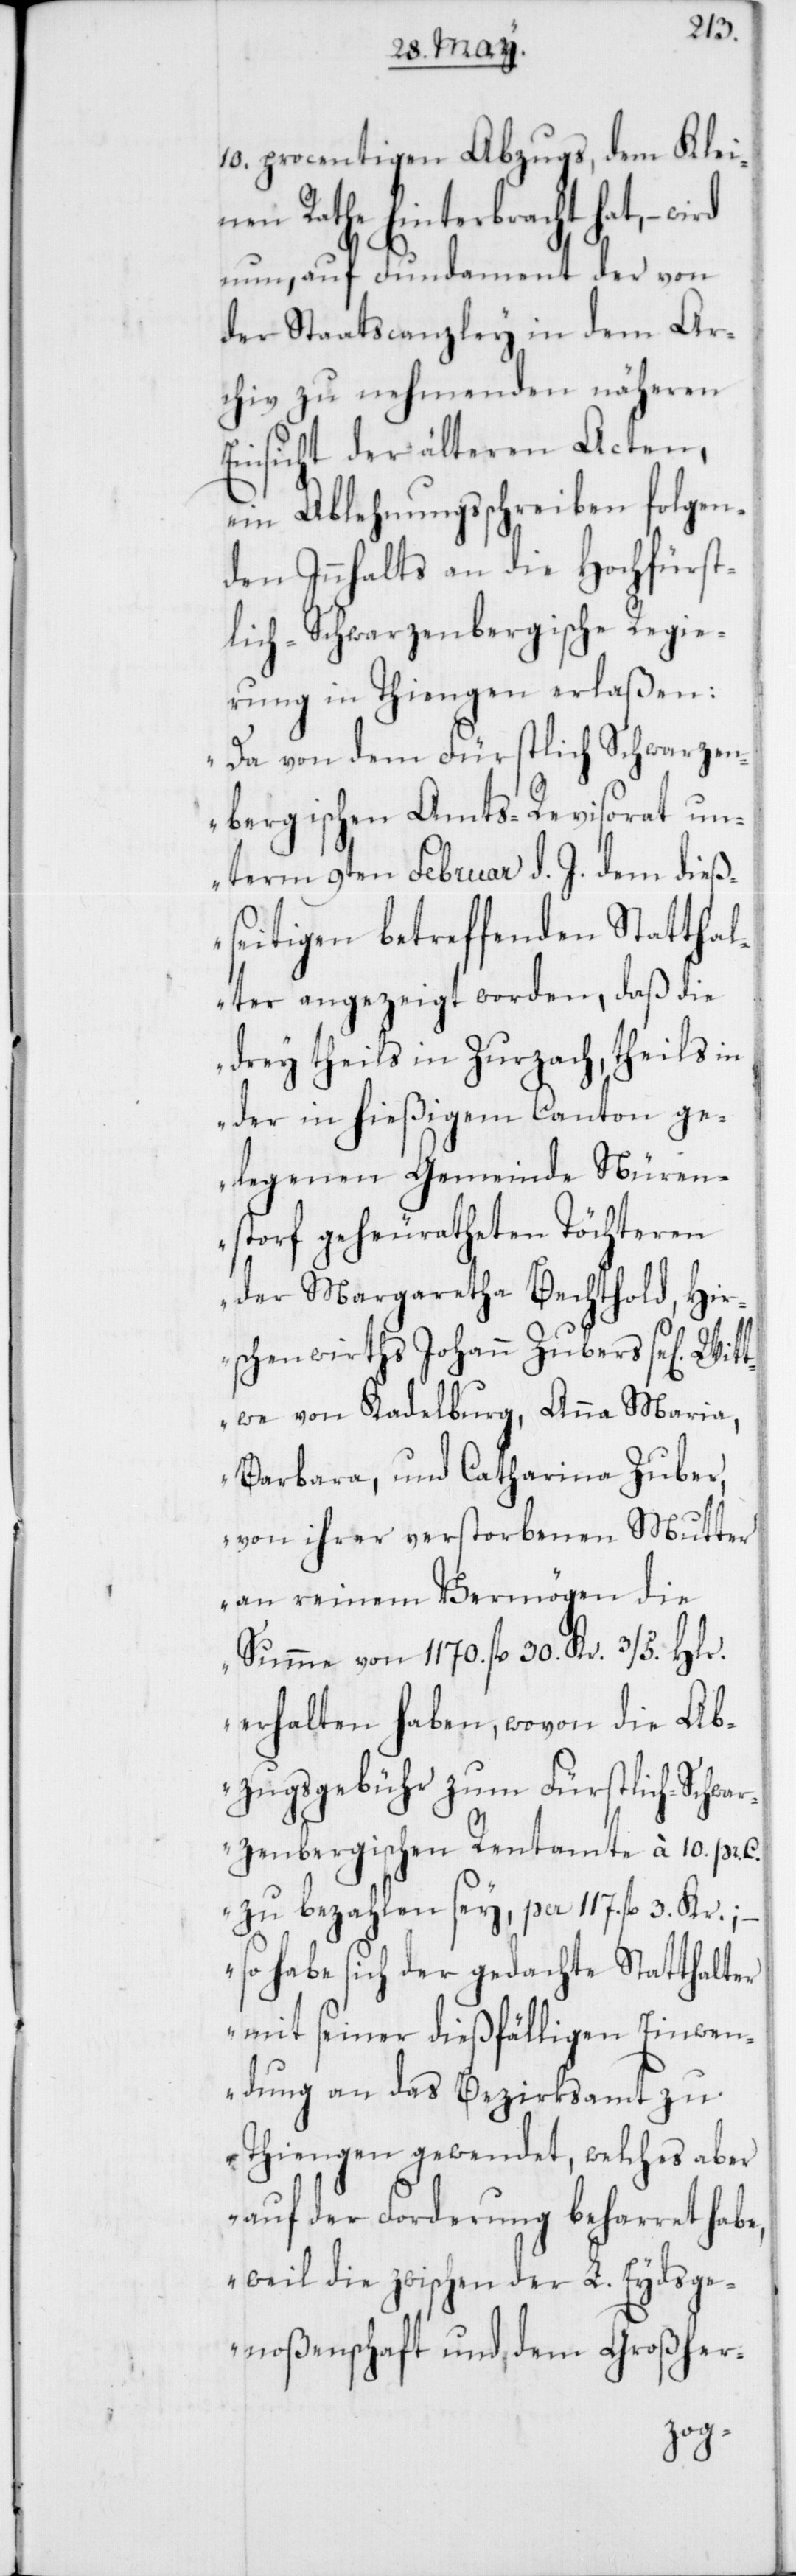
10. procentigen Abzugs, dem Klei¬
nen Rathe hinterbracht hat, –
nun, auf Fundament der von
der Staatscanzley in dem Ar¬
chiv zu nehmenden näheren
Einsicht der älteren Acten,
ein Ablehnungsschreiben folgen¬
den Innhalts an die Hochfürst¬
lich-Schwarzenbergische Regie¬
rung in Thiengen erlaßen:
„Da von dem Fürstlich Schwarzen¬
bergischen Amts-Revisorat un¬
term 9ten Februar d. J. dem dieß¬
eitigen betreffenden Statthal¬
ter angezeigt worden, daß die
drey theils in Zurzach, theils in
der in hießigem Canton ge¬
legenen Gemeinde Nüren¬
storf geheuratheten Töchteren
der Margaretha Bechthold, Hir¬
schenwirths Johann Zubers se[lig]
Witwe von Kadelburg, Anna Maria,
Barbara, und Catharina Zuber,
von ihrer verstorbenen Mutter
an reinem Vermögen die
Summe von 1170. fl. 30. Kr. 3/5 Hlr.
erhalten haben, wovon die Ab¬
zugsgebühr zum Fürstlich-Schwa¬
rzenbergischen Rentamte à 10. pr.
zu bezahlen sey, per 117. fl. 3. Kr.;
so habe sich der gedachte Statthalter
mit seiner dießfälligen Einwen¬
dung an das Bezirksamt zu
Thiengen gewendet, welches aber
auf der Forderung beharret habe,
weil die zwischen der L. Eydsge¬
noßchenschaft und dem Großher-